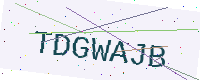
Text: TDGWAJB